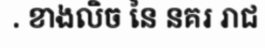
. ខាងលិច នៃ នគរ រាជ